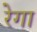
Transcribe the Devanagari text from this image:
रेगा